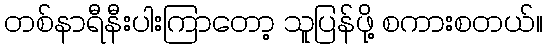
တစ်နာရီနီးပါးကြာတော့ သူပြန်ဖို့ စကားစတယ်။